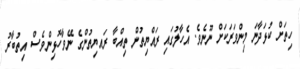
ހިތަށްް ކުޅަދާނަ މިންވަރަކަށް ނޫނެވެ. އެހާލުގައި ރައްޔިތުން ތިއްބާ ރައޔިތުންގެ ނޭވާހޮޅިންވެސް އިތުބާރު